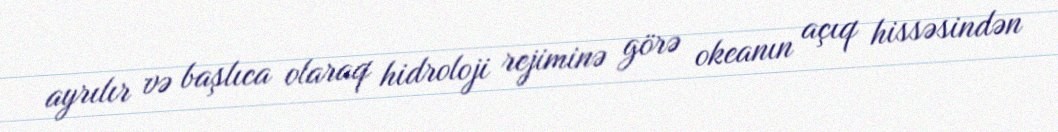
ayrılır və başlıca olaraq hidroloji rejiminə görə okeanın açıq hissəsindən